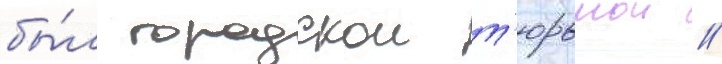
бы́л городскои т'юрьмои //